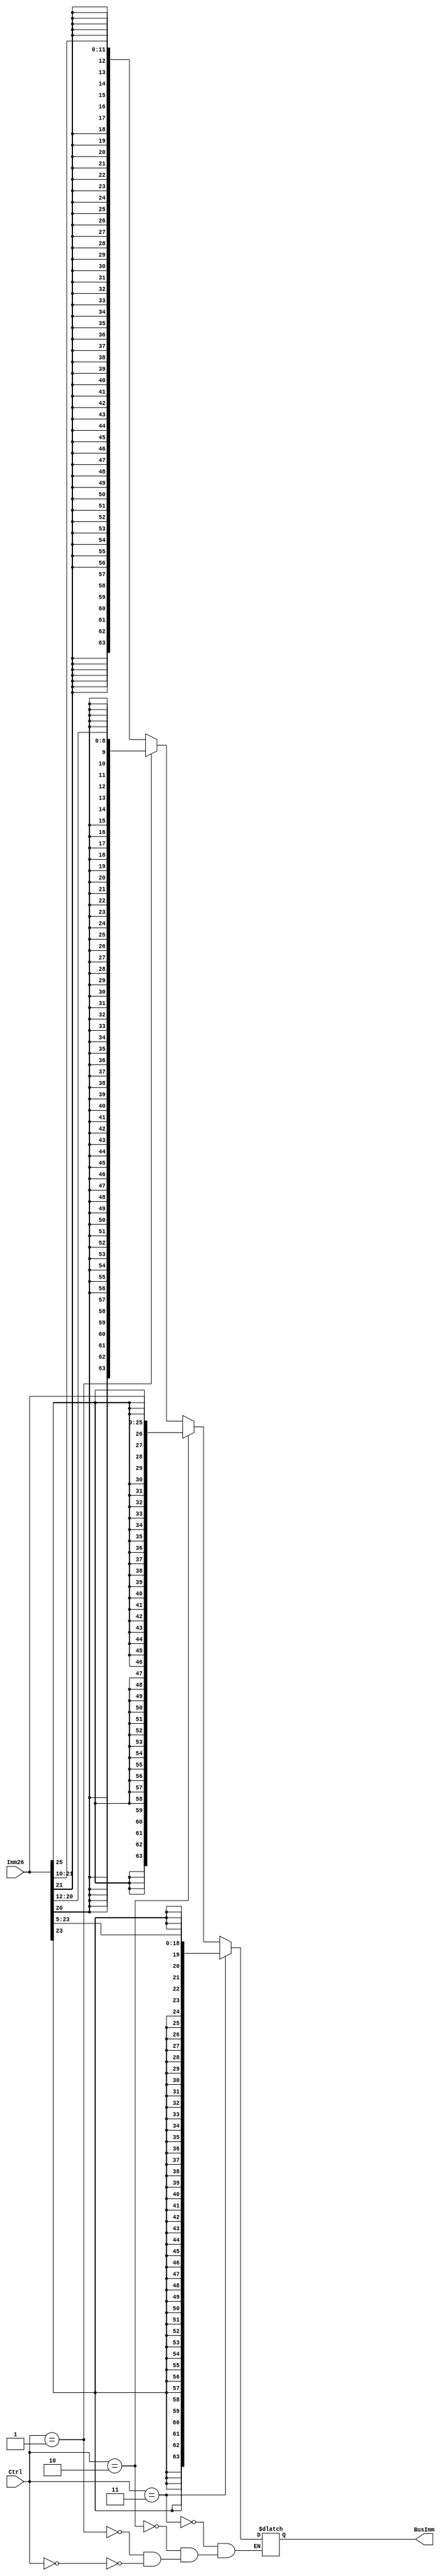
module SignExtender(BusImm, Imm26, Ctrl);
	output reg [63:0] BusImm;
	input [25:0] Imm26;
  	input [1:0] Ctrl;
	
  
  	always@(*)
	  begin
	    if(Ctrl == 2'b00)
	      begin
		BusImm [63:0] = {{52{Imm26[21]}},Imm26[21:10]}; //i type
	      end
	    if(Ctrl == 2'b01)
	      begin
		BusImm [63:0] = {{55{Imm26[20]}},Imm26[20:12]}; //d type
	      end
	    if(Ctrl == 2'b10)
	      begin
		BusImm [63:0] = {{38{Imm26[25]}},Imm26[25:0]}; //b type
	      end
	    if(Ctrl == 2'b11)
	      begin
		BusImm [63:0] = {{45{Imm26[23]}},Imm26[23:5]}; //cb type
	      end

	end
endmodule